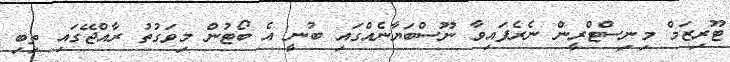
ޓޫރިޒަމް މިނިސްޓްރީން ނެރެފައިވާ ނޫސްބަޔާނެއްގައި ބުނީ އެ ބޯޓުން މިވަގުތު ރާއްޖޭގައި ތިބި